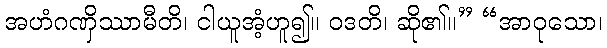
အဟံဂဏှိဿာမီတိ၊ ငါယူအံ့ဟူ၍။ ဝဒတိ၊ ဆို၏။” “အာဝုသော၊